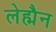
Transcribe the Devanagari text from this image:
लेह्मैन